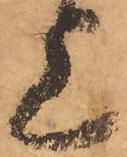
上